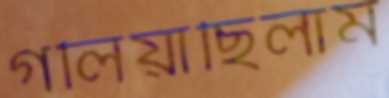
গলিয়াছিলাম